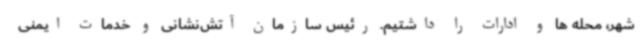
شهر، محله ها و ادارات را داشتیم. رئیس سازمان آتش‌نشانی و خدمات ایمنی